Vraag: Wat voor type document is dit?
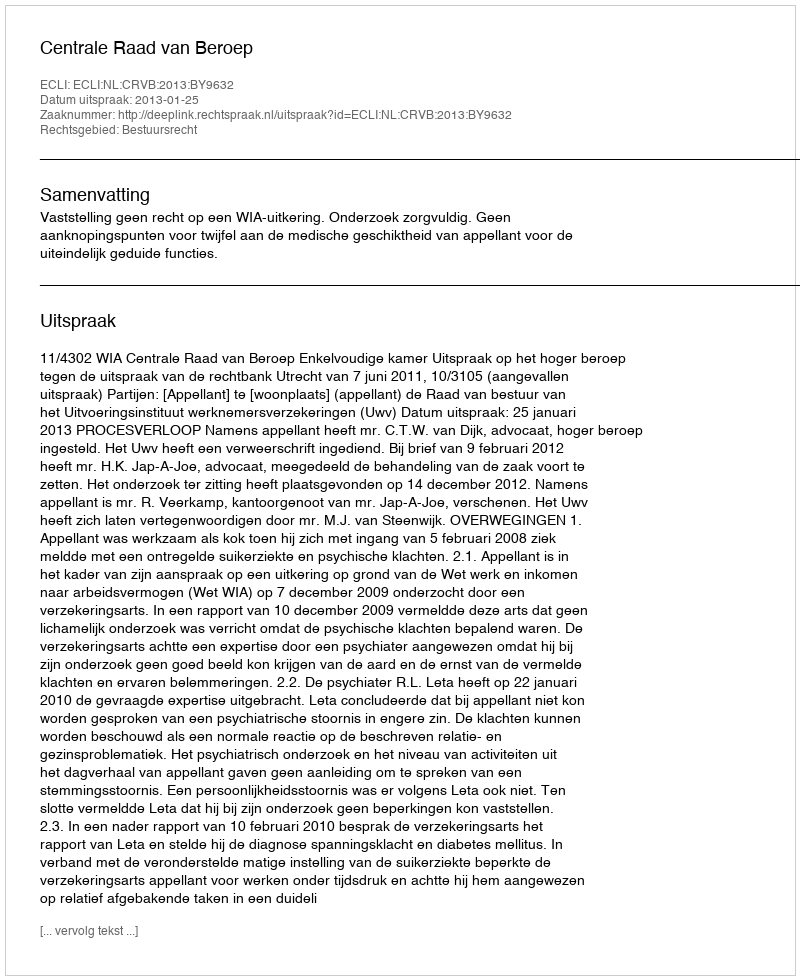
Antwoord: Uitspraak